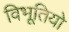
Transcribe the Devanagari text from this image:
विभूतियो